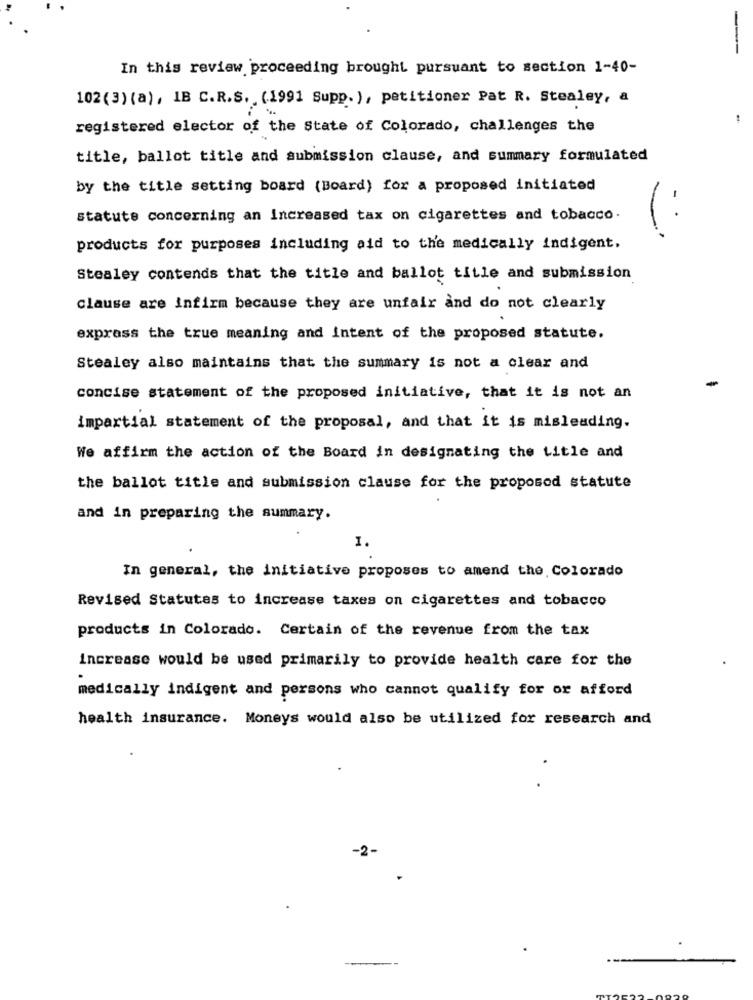
---
In this review proceeding brought pursuant to section 1-40-
102(3) (a), IB C.R.S. (1991 Supp. ), petitioner Pat R. Stealey, a
registered elector of the State of Colorado, challenges the
title, ballot title and submission clause, and summary formulated
by the title setting board (Board) for a proposed initiated
statute concerning an Increased tax on cigarettes and tobacco.
(:
products for purposes including aid to the medically indigent,
Stealey contends that the title and ballot title and submission
clause are infirm because they are unfair and do not clearly
exprass the true meaning and Intent of the proposed statute.
Stealey also maintains that the summary is not a clear and
concise statement of the proposed initiative, that it is not an
impartial statement of the proposal, and that it is misleading.
We affirm the action of the Board in designating the title and
the ballot title and submission clause for the proposed statute
and in preparing the aummary.
1.
In general, the initiative proposes to amend the Colorado
Revised Statutes to increase taxes on cigarettes and tobacco
products in Colorado. Certain of the revenue from the tax
increase would be used primarily to provide health care for the
medically indigent and persons who cannot qualify for or afford
health insurance. Moneys would also be utilized for research and